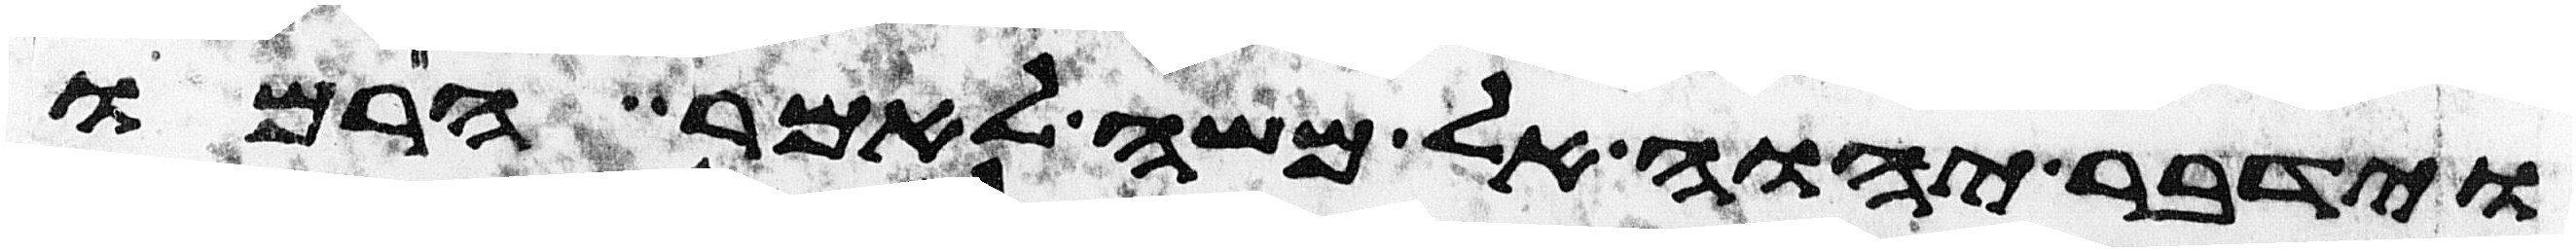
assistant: וידבר יהוה אל משה לאמר הרמו